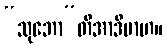
“သုဘော”တိအာဒိမာဟ။